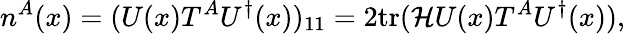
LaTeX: n^{A}(x)=(U(x)T^{A}U^{\dagger}(x))_{11}=2\mathrm{tr}({\cal H}U(x)T^{A}U^{\dagger}(x)),